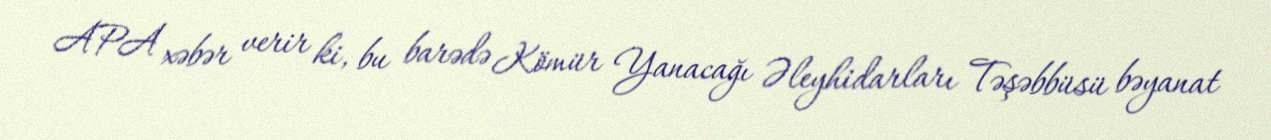
APA xəbər verir ki, bu barədə Kömür Yanacağı Əleyhidarları Təşəbbüsü bəyanat